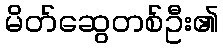
မိတ်ဆွေတစ်ဦး၏